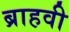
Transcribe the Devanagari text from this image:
ब्राहवी